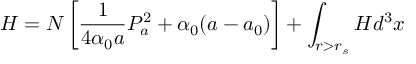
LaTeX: H = N \left[ \frac { 1 } { 4 \alpha _ { 0 } a } P _ { a } ^ { 2 } + \alpha _ { 0 } ( a - a _ { 0 } ) \right] + \int _ { r > r _ { s } } { \cal H } d ^ { 3 } x